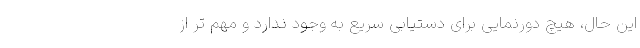
این حال، هیچ دورنمایی برای دستیابی سریع به وجود ندارد و مهم تر از